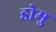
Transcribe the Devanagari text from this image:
डोमु